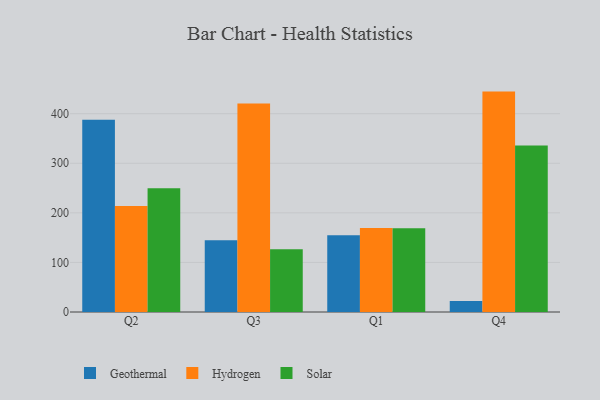
{"axis": {"x": "Quarter", "y": "Revenue (USD Million)"}, "legend": ["Geothermal", "Hydrogen", "Solar"], "data": [{"x": "Q2", "y": 387.7, "type": "Geothermal"}, {"x": "Q2", "y": 214.0, "type": "Hydrogen"}, {"x": "Q2", "y": 249.8, "type": "Solar"}, {"x": "Q3", "y": 144.8, "type": "Geothermal"}, {"x": "Q3", "y": 420.8, "type": "Hydrogen"}, {"x": "Q3", "y": 126.4, "type": "Solar"}, {"x": "Q1", "y": 154.9, "type": "Geothermal"}, {"x": "Q1", "y": 169.5, "type": "Hydrogen"}, {"x": "Q1", "y": 168.8, "type": "Solar"}, {"x": "Q4", "y": 22.3, "type": "Geothermal"}, {"x": "Q4", "y": 444.6, "type": "Hydrogen"}, {"x": "Q4", "y": 336.0, "type": "Solar"}]}